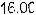
16.00